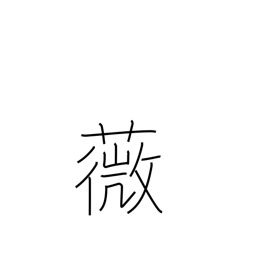
Meaning: an edible fern